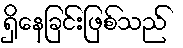
ရှိနေခြင်းဖြစ်သည်